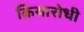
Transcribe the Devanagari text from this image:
क्रियारोधी